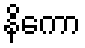
နိကော